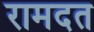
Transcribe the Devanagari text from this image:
रामदत